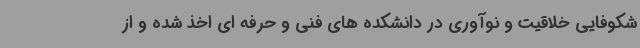
شکوفایی خلاقیت و نوآوری در دانشکده های فنی و حرفه ای اخذ شده و از